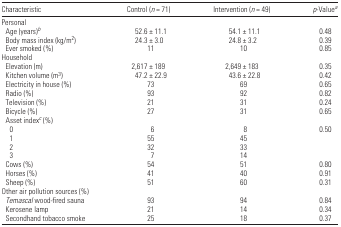
<table><thead><tr><td><b>Characteristic</b></td><td><b>Control (<i>n</i> = 71)</b></td><td><b>Intervention (<i>n</i> = 49)</b></td><td><b><i>p</i>-Valuea</b></td></tr></thead><tbody><tr><td colspan="4">Personal</td></tr><tr><td> Age (years)b</td><td>52.6 ± 11.1</td><td>54.1 ± 11.1</td><td>0.48</td></tr><tr><td> Body mass index (kg/m<sup>2</sup>)</td><td>24.3 ± 3.0</td><td>24.8 ± 3.2</td><td>0.39</td></tr><tr><td> Ever smoked (%)</td><td>11</td><td>10</td><td>0.85</td></tr><tr><td colspan="4">Household</td></tr><tr><td> Elevation (m)</td><td>2,617 ± 189</td><td>2,649 ± 183</td><td>0.35</td></tr><tr><td> Kitchen volume (m<sup>3</sup>)</td><td>47.2 ± 22.9</td><td>43.6 ± 22.8</td><td>0.42</td></tr><tr><td> Electricity in house (%)</td><td>73</td><td>69</td><td>0.65</td></tr><tr><td> Radio (%)</td><td>93</td><td>92</td><td>0.82</td></tr><tr><td> Television (%)</td><td>21</td><td>31</td><td>0.24</td></tr><tr><td> Bicycle (%)</td><td>27</td><td>31</td><td>0.65</td></tr><tr><td colspan="4"> Asset indexc (%)</td></tr><tr><td>0</td><td>6</td><td>8</td><td>0.50</td></tr><tr><td>1</td><td>55</td><td>45</td><td></td></tr><tr><td>2</td><td>32</td><td>33</td><td></td></tr><tr><td>3</td><td>7</td><td>14</td><td></td></tr><tr><td> Cows (%)</td><td>54</td><td>51</td><td>0.80</td></tr><tr><td> Horses (%)</td><td>41</td><td>40</td><td>0.91</td></tr><tr><td> Sheep (%)</td><td>51</td><td>60</td><td>0.31</td></tr><tr><td colspan="4">Other air pollution sources (%)</td></tr><tr><td> <i>Temascal</i> wood-fired sauna</td><td>93</td><td>94</td><td>0.84</td></tr><tr><td> Kerosene lamp</td><td>21</td><td>14</td><td>0.34</td></tr><tr><td> Secondhand tobacco smoke</td><td>25</td><td>18</td><td>0.37</td></tr></tbody></table>